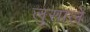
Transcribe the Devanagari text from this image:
लुसाले